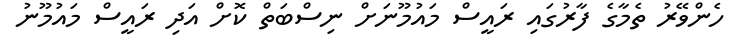
ހެންވޭރު ތެމާގެ ފާރުގައި ރައީސް މައުމޫނަށް ނިސްބަތް ކޮށް އަދި ރައީސް މައުމޫނު